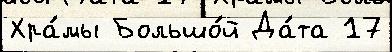
Хра́мы Большо́й Да́та 17